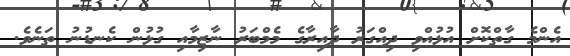
އެންމެ ގާތްކޮށް އުޅުއްވި ދިއްގަރު ދާއިރާގެ މެމްބަރު ނާޒިމާއި ގުޅުން ކެނޑުނު ތަނެވެ.